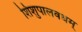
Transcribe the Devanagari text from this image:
शिशुपालवधम्